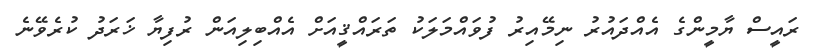
ރައީސް ޔާމީންގެ އެއްދައުރު ނިމޭއިރު ފުވައްމަލަކު ތަރައްޤީއަށް އެއްބިލިއަން ރުފިޔާ ޚަރަދު ކުރެވޭނެ